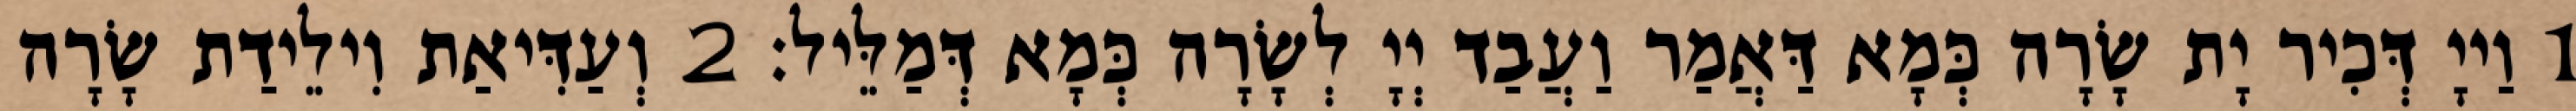
1 וַייָ דְּכִיר יָת שָׂרָה כְּמָא דַּאֲמַר וַעֲבַד יְיָ לְשָׂרָה כְּמָא דְּמַלֵּיל׃ 2 וְעַדִּיאַת וִילֵידַת שָׂרָה